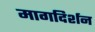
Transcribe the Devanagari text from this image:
मागदिर्शन